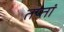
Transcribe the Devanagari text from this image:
तप्तां